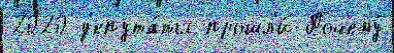
2020 д'епута́ты прошл'и́ Почему́